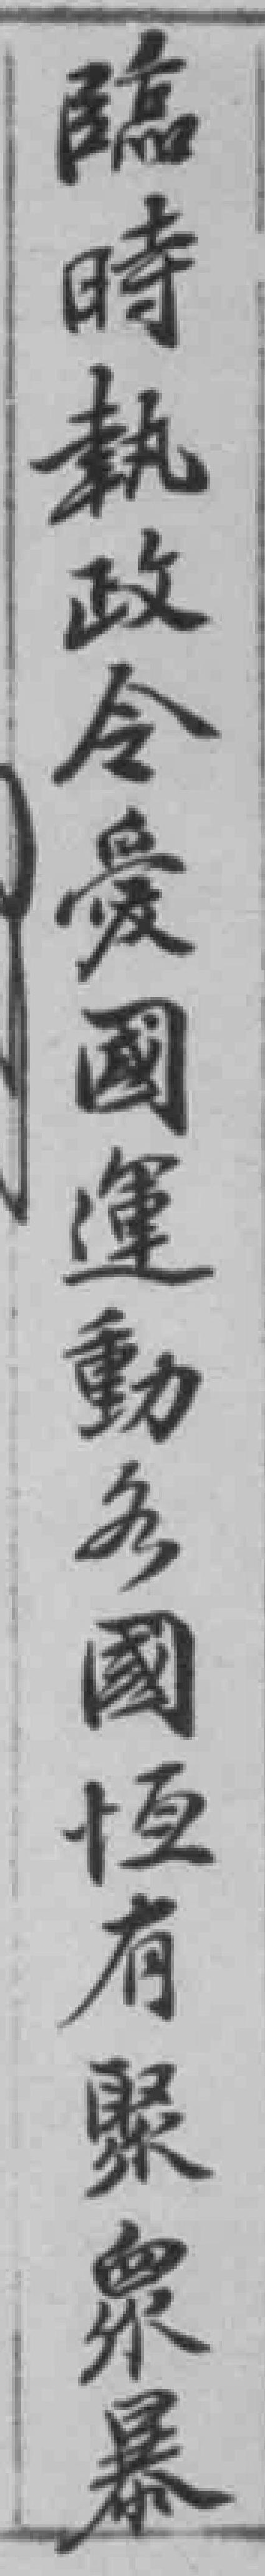
臨時執政令愛國運動多國恆有緊衆暴